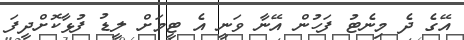
އޭގެ ދެ މިނެޓު ފަހުން އޭނާ ވަނީ އެ ޓީމަށް ލީޑު ފުޅާކޮށްދީފަ